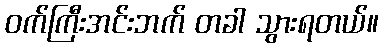
ဝက်ကြီးအင်းဘက် တခါ သွားရတယ်။